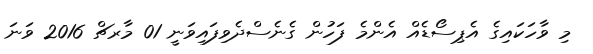
މި ވާހަކައިގެ އެޕިސޯޑެއްް އެންމެ ފަހުން ގެނެސްދެވިފައިވަނީ 01 މާރޗް 2016 ވަނަ